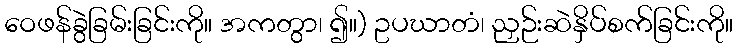
ဝေဖန်ခွဲခြမ်းခြင်းကို။ အကတွာ၊ ၍။) ဥပဃာတံ၊ ညှဉ်းဆဲနှိပ်စက်ခြင်းကို။